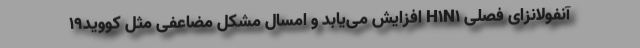
آنفولانزای فصلی H۱N۱ افزایش می‌یابد و امسال مشکل مضاعفی مثل کووید۱۹